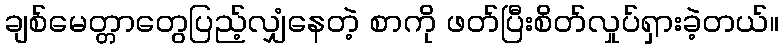
ချစ်မေတ္တာတွေပြည့်လျှံနေတဲ့ စာကို ဖတ်ပြီးစိတ်လှုပ်ရှားခဲ့တယ်။